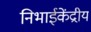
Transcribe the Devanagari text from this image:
निभाईकेंद्रीय